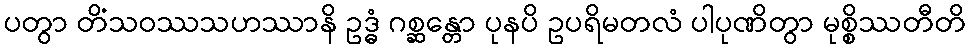
ပတွာ တိံသဝဿသဟဿာနိ ဥဒ္ဓံ ဂစ္ဆန္တော ပုနပိ ဥပရိမတလံ ပါပုဏိတွာ မုစ္စိဿတီတိ